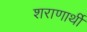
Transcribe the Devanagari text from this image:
शराणार्थी